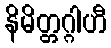
နိမိတ္တဂ္ဂါဟီ